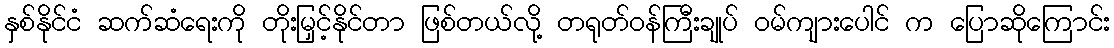
နှစ်နိုင်ငံ ဆက်ဆံရေးကို တိုးမြှင့်နိုင်တာ ဖြစ်တယ်လို့ တရုတ်ဝန်ကြီးချုပ် ဝမ်ကျားပေါင် က ပြောဆိုကြောင်း